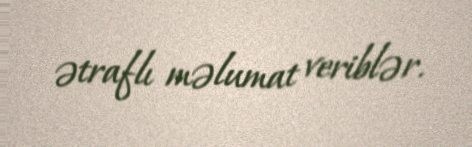
ətraflı məlumat veriblər.